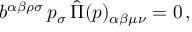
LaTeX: b ^ { \alpha \beta \rho \sigma } \, p _ { \sigma } \, \hat { \Pi } ( p ) _ { \alpha \beta \mu \nu } = 0 \, ,